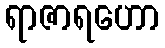
ရာဇာရဟော